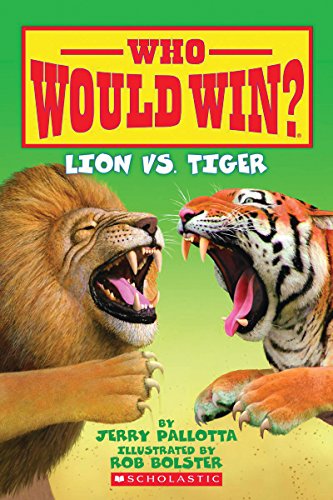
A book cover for Who Would Win? Lion vs. Tiger; Jerry Pallotta; Children's Books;